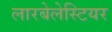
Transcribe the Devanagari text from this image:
लारबेलेस्टियर